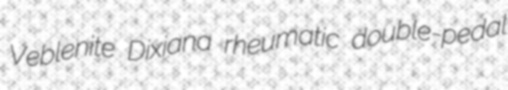
Veblenite Dixiana rheumatic double-pedal